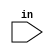
module DLY_MODULE (
	//Input port
	input in,
	//Output port
);

//Wire Definition
assign in0=in;

//Delay cells instantiation

//Output assign
endmodule